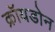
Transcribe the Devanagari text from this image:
क्रॉयडोन